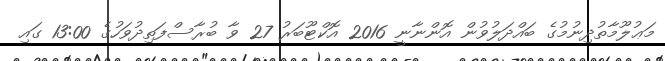
މަޢުލޫމާތުދިނުމުގެ ބައްދަލުވުން އޮންނާނީ 2016 އޮކްޓޫބަރު 27 ވާ ބުރާސްފަތިދުވަހުގެ 13:00 ގައި